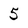
Character: 5